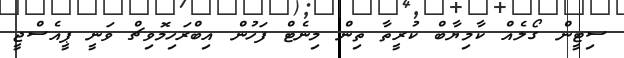
ސިޓީން ގޯލެއް ކާމިޔާބް ކުރީތާ ތިން މިނެޓް ފަހުން އިބްރަހިމޮވިޗް ވަނީ ޕީއެސްޖީ